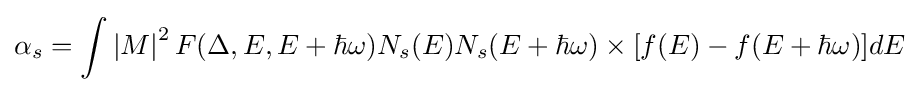
\alpha _{s}=\int {\left|M\right|^{2}F(\Delta ,E,E+\hbar \omega )N_{s}(E)N_{s}(E+\hbar \omega )\times [f(E)-f(E+\hbar \omega )]{\rm {}}}dE